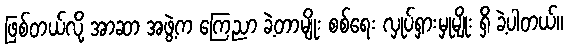
ဖြစ်တယ်လို့ အာဆာ အဖွဲ့က ကြေညာ ခဲ့တာမျိုး စစ်ရေး လှုပ်ရှားမှုမျိုး ရှိ ခဲ့ပါတယ်။